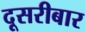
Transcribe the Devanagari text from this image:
दूसरीबार